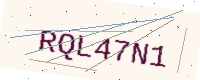
Text: RQL47N1